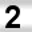
Digit: 2